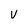
Character: V